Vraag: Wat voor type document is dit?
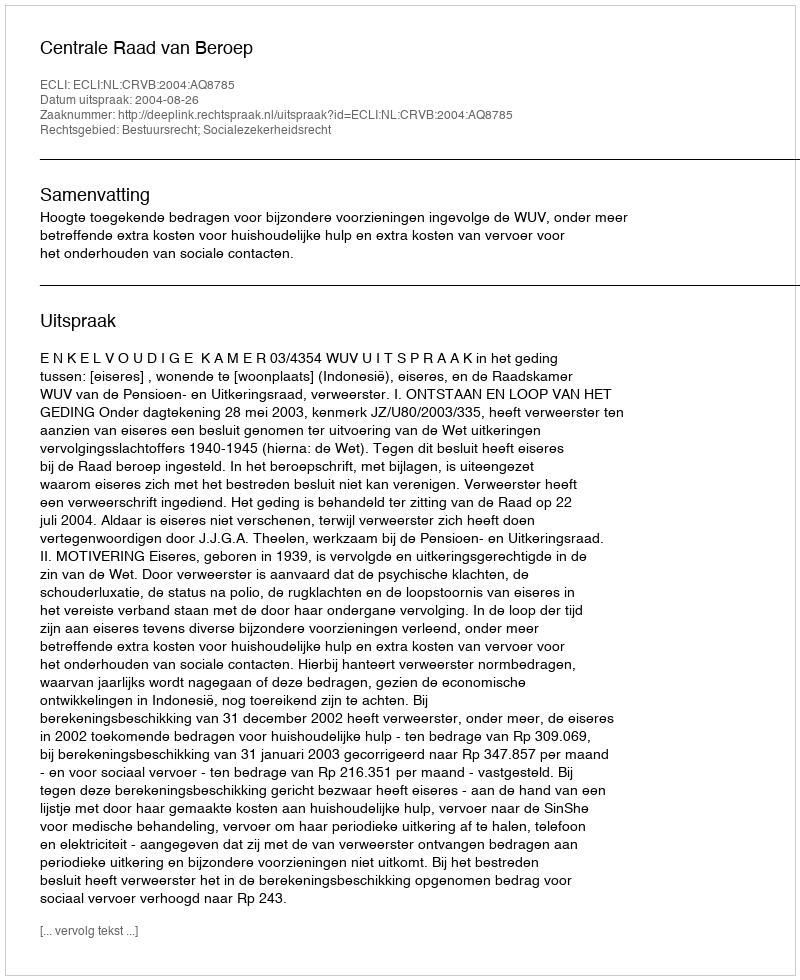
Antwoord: Uitspraak